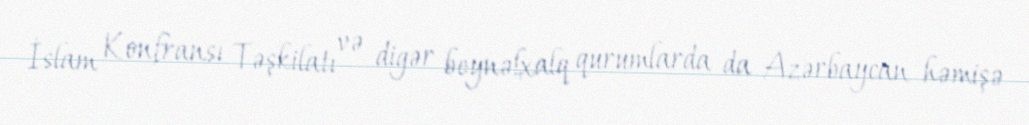
İslam Konfransı Təşkilatı və digər beynəlxalq qurumlarda da Azərbaycan həmişə